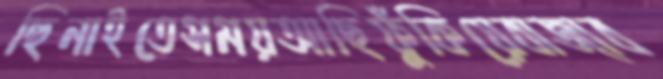
ছিনাইতেসময়আছিফুঁকিয়েবাজাব